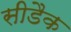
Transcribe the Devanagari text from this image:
सीडैक